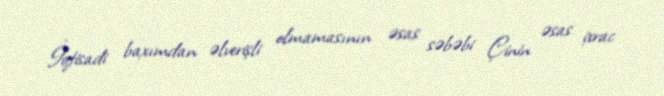
İqtisadi baxımdan əlverişli olmamasının əsas səbəbi Çinin əsas ixrac